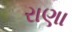
રાણા